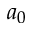
a _ { 0 }